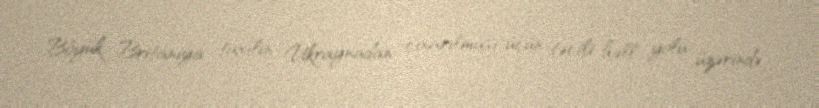
Böyük Britaniya taxılın Ukraynadan çıxarılması üçün təcili həll yolu üzərində